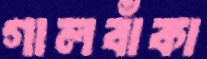
গালবাঁকা